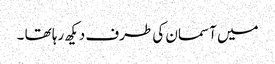
میں آسمان کی طرف دیکھ رہا تھا ۔